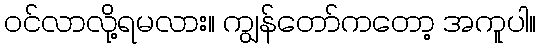
ဝင်လာလို့ရမလား။ ကျွန်တော်ကတော့ အကူပါ။